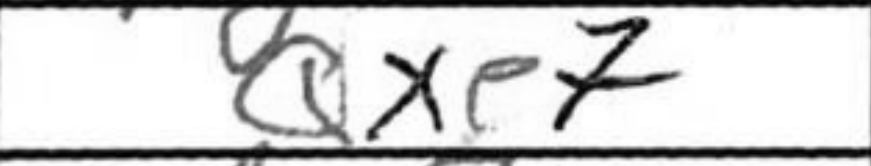
Transcription: Qxe7